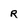
Character: R